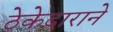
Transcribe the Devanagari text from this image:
ठेकेदाराने